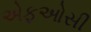
એફઓસી